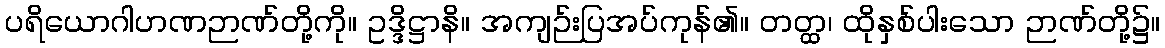
ပရိယောဂါဟဏဉာဏ်တို့ကို။ ဥဒ္ဒိဋ္ဌာနိ။ အကျဉ်းပြအပ်ကုန်၏။ တတ္ထ၊ ထိုနှစ်ပါးသော ဉာဏ်တို့၌။